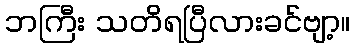
ဘကြီး သတိရပြီလားခင်ဗျာ့။